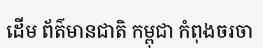
ដើម ព័ត៌មានជាតិ កម្ពុជា កំពុងចរចា